Lunatic asylums Madras 1892-1911 - 1892-1911
Year: 1892
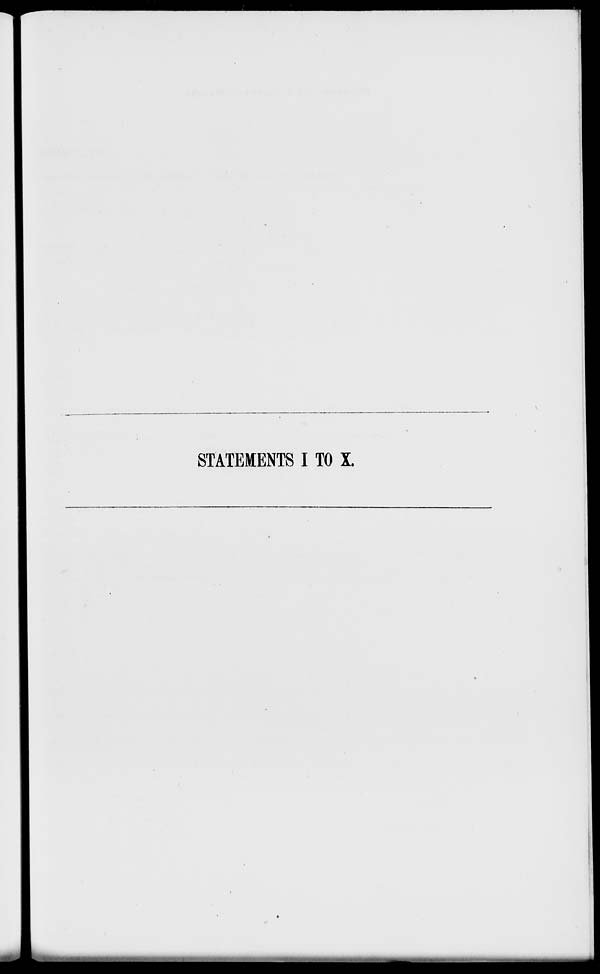
STATEMENTS I TO X.